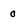
Character: 0